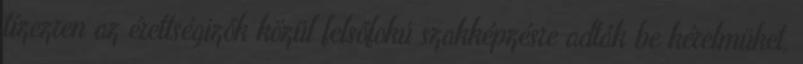
tízezren az érettségizők közül felsőfokú szakképzésre adták be kérelmüket,